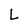
Character: L